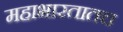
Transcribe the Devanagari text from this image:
महाभारतातच